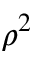
\rho ^ { 2 }